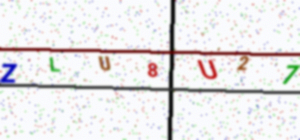
Text: ZLU8U27